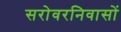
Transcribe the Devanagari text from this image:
सरोवरनिवासों